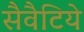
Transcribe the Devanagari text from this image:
सैवैटिये